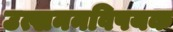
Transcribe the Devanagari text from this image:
उत्खननविषयक